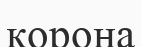
корона